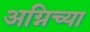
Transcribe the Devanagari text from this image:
अग्निच्या